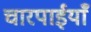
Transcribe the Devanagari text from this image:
चारपाईयाँ